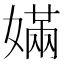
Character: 𡠪